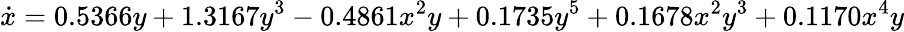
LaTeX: \dot{x}=0.5366y+1.3167y^{3}-0.4861x^{2}y+0.1735y^{5}+0.1678x^{2}y^{3}+0.1170x^{4}y